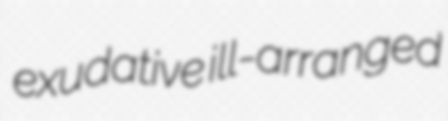
exudative ill-arranged